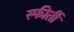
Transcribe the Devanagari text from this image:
स्फीर्ती